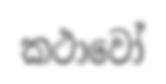
කථාවෝ